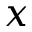
x